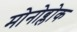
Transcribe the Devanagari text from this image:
मोनोब्लोक